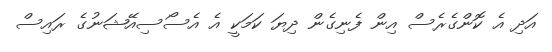
އަދި އެ ކޮންގެރެސް އިން ފެނިގެން ދިޔަ ކަމަކީ އެ އެސޯސިއޭޝަނުގެ ރައިސް